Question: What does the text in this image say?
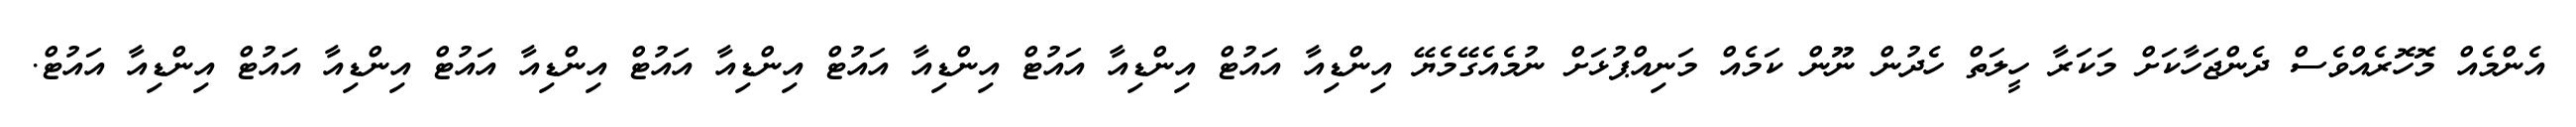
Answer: އެންމެއް މޮހޮރެއްވެސް ދެންޖަހާކަށް މަކަރާ ހީލަތް ހެދުން ނޫން ކަމެއް މަނިއްޕުޅަށް ނުމެއެގޭމެޔޭ އިންޑިއާ އައުޓް އިންޑިއާ އައުޓް އިންޑިއާ އައުޓް އިންޑިއާ އައުޓް އިންޑިއާ އައުޓް އިންޑިއާ އައުޓް އިންޑިއާ އައުޓް.